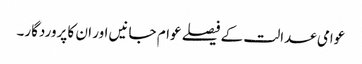
عوامی عدالت کے فیصلے عوام جانیں اور ان کا پروردگار۔